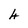
Character: 4